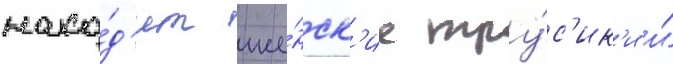
нахо́д'ит же́нск'ие тру́с'ик'и и́